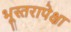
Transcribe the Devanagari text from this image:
भूस्तरापेक्षा